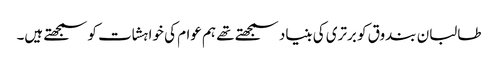
طالبان بندوق کو برتری کی بنیاد سمجھتے تھے ہم عوام کی خواہشات کو سمجھتے ہیں۔